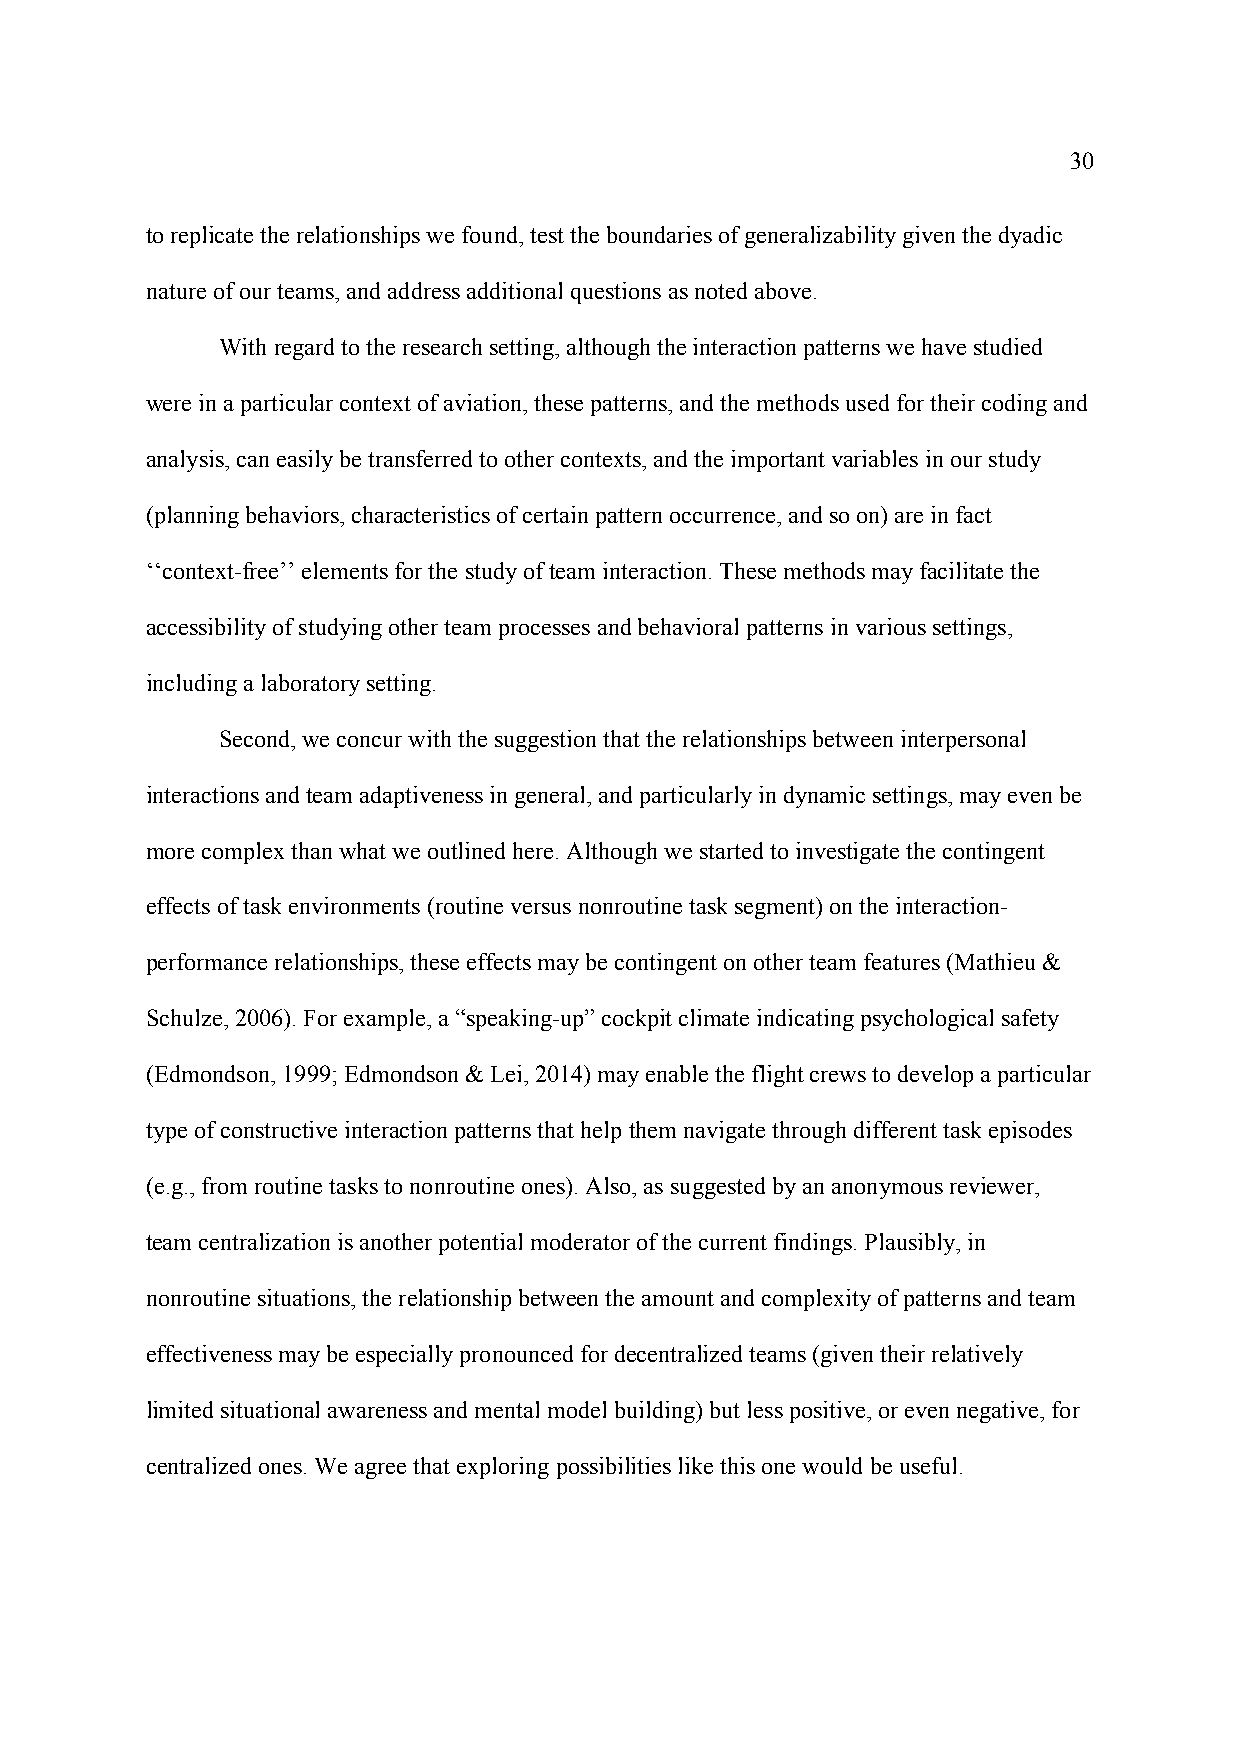
30
 to replicate the relationships we found, test the boundaries of generalizability given the dyadic
 nature of our teams, and address additional questions as noted above.
 With regard to the research setting, although the interaction patterns we have studied
 were in a particular context of aviation, these patterns, and the methods used for their coding and
 analysis, can easily be transferred to other contexts, and the important variables in our study
 (planning behaviors, characteristics of certain pattern occurrence, and so on) are in fact
 ‘‘context-free’’ elements for the study of team interaction. These methods may facilitate the
 accessibility of studying other team processes and behavioral patterns in various settings,
 including a laboratory setting.
 Second, we concur with the suggestion that the relationships between interpersonal
 interactions and team adaptiveness in general, and particularly in dynamic settings, may even be
 more complex than what we outlined here. Although we started to investigate the contingent
 effects of task environments (routine versus nonroutine task segment) on the interaction-
 performance relationships, these effects may be contingent on other team features (Mathieu &
 Schulze, 2006). For example, a “speaking-up” cockpit climate indicating psychological safety
 (Edmondson, 1999; Edmondson & Lei, 2014) may enable the flight crews to develop a particular
 type of constructive interaction patterns that help them navigate through different task episodes
 (e.g., from routine tasks to nonroutine ones). Also, as suggested by an anonymous reviewer,
 team centralization is another potential moderator of the current findings. Plausibly, in
 nonroutine situations, the relationship between the amount and complexity of patterns and team
 effectiveness may be especially pronounced for decentralized teams (given their relatively
 limited situational awareness and mental model building) but less positive, or even negative, for
 centralized ones. We agree that exploring possibilities like this one would be useful.